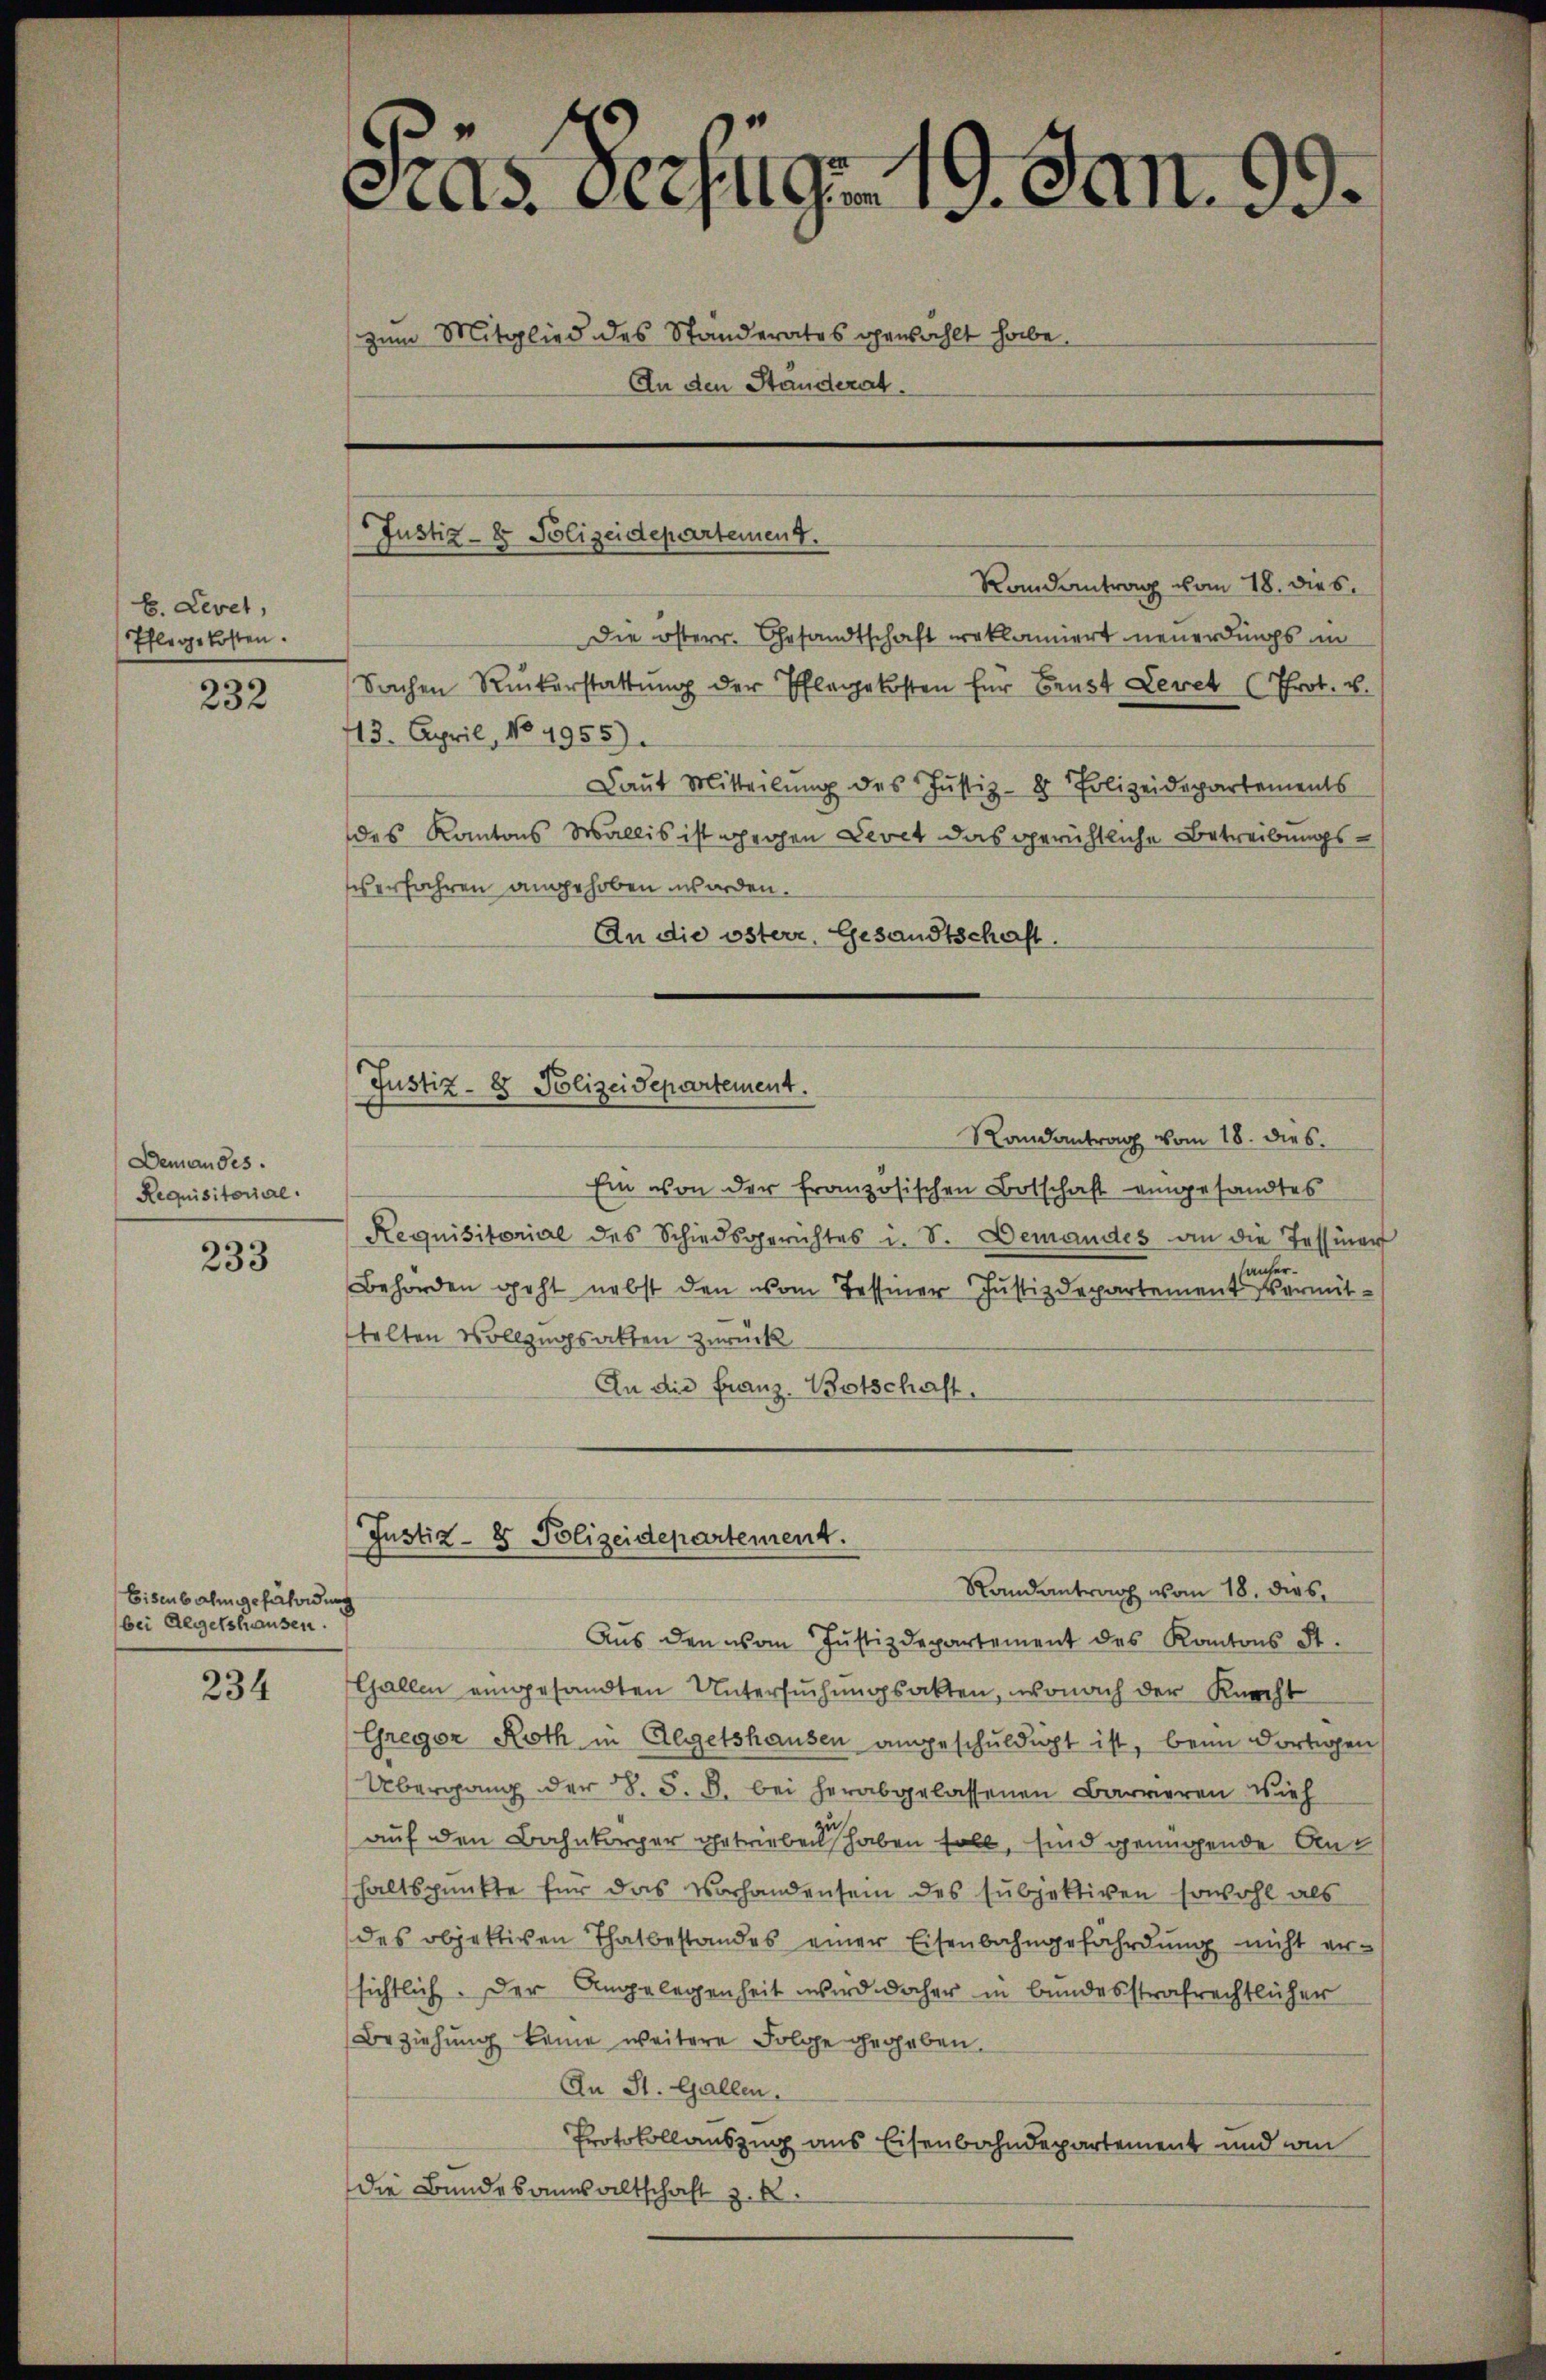
b. Levet,
Pflegekosten.

232

Demandes.
Requisitorial.

233

Eisenbahngefährdung
bei Aegetshausen.

234

as Verfügen 19. Jan.
zum Mitglied des Standerates gewählt habe.
An den Standerat.

Justiz- & Polizeidepartement.

Randantrag vom 18. dies
Die österr. Gesandtschaft reklamiert neuerdings in
Sachen Ruckerstattŭng der Pflegekosten für Brust Levet (Prot. u.
43. April, No 4955).
Laut Mitteilung des Justiz- & Polizeidepartements
des Kantons Wallis ist gegen Levet das gerichtliche Betreibungsverfahren angehoben worden.
An die österr, Gesandtschaft.

Justiz- & Polizeidepartement.
Randantrag vom 18. dies

Justiz- & Polizeidepartement.
Randantrag vom 18. dies

Ein von der französischen Botschaft eingesandtes
Requisitorial des Schiedsgerichtes i. S. Demandes an die Tessiner
lauser
Behörden geht nebst den vom Tessiner Justizdepartement vermittelten Vollzugsakten zurück
An die Franz-Botschaft.
Aŭs den vom Justizdepartement des Kantons St.
Gallen eingesandten Untersuchungsakten, wonach der Knecht
Gregor Roth in Aegetshausen angeschuldigt ist, beim dortigen
Übergang der S. S. B. bei herabgelassenen Barrieren Vieh
auf den Bahnkörper getrieben haben soll, sind genügende Ant
haltspunkte für das Vorhandensein des subjektiven sowohl als
des objektiven Thatbestandes einer Eisenbahngefährdung nicht er-
sichtlich. Der Angelegenheit wird daher in bundesstrafrechtlicher
Beziehung keine weitere Folge gegeben.
An St. Gallen.
Protokollauszug aus Eisenbahndepartement und am
die Bundesausaltschaft z. R.